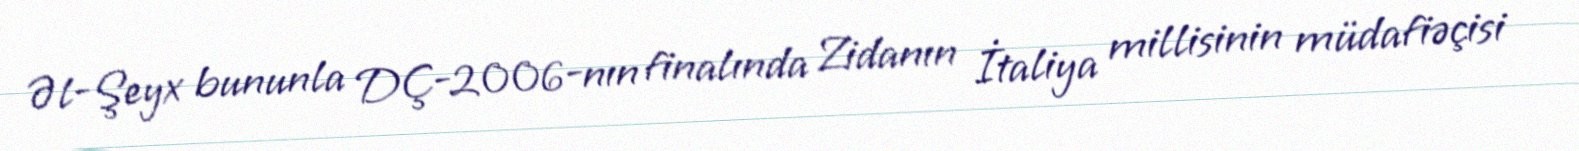
Əl-Şeyx bununla DÇ-2006-nın finalında Zidanın İtaliya millisinin müdafiəçisi